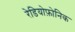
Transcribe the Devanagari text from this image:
रेडियोफ़ोनिक